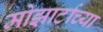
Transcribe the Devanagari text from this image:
मोझार्टाच्या